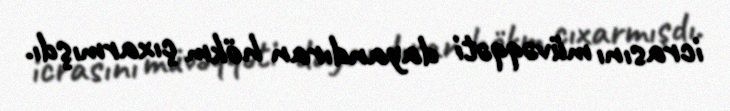
icrasını müvəqqəti dayandıran hökm çıxarmışdı.